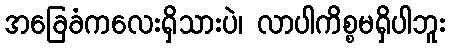
အခြေခံကလေးရှိသားပဲ၊ လာပါကိစ္စမရှိပါဘူး